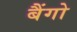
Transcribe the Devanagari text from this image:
बैंगो